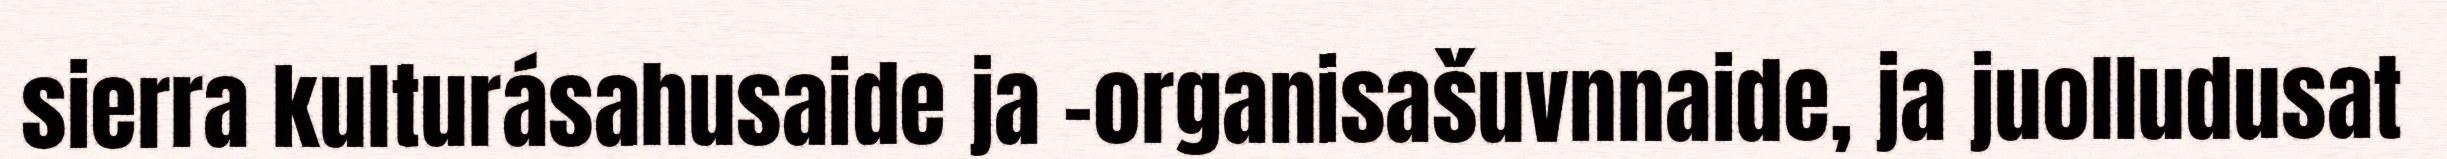
sierra kulturásahusaide ja –organisašuvnnaide, ja juolludusat